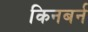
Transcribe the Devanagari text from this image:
किनबर्न